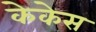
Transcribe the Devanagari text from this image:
केकेस